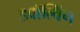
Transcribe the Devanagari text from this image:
इवॉल्विंग